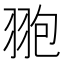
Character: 䎂